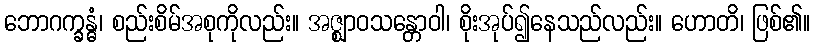
ဘောဂက္ခန္ဓံ၊ စည်းစိမ်အစုကိုလည်း။ အဇ္ဈာဝသန္တောဝါ၊ စိုးအုပ်၍နေသည်လည်း။ ဟောတိ၊ ဖြစ်၏။